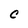
Character: C